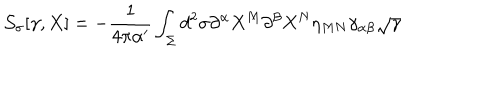
LaTeX: { \cal S } _ { \sigma } [ \gamma , X ] = - \frac { 1 } { 4 \pi \alpha ^ { \prime } } \int _ { \Sigma } d ^ { 2 } \sigma \partial ^ { \alpha } X ^ { M } \partial ^ { \beta } X ^ { N } \eta _ { M N } \gamma _ { \alpha \beta } \sqrt { \gamma }